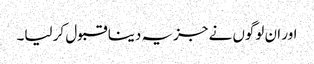
اور ان لوگوں نے جزیہ دینا قبول کر لیا۔